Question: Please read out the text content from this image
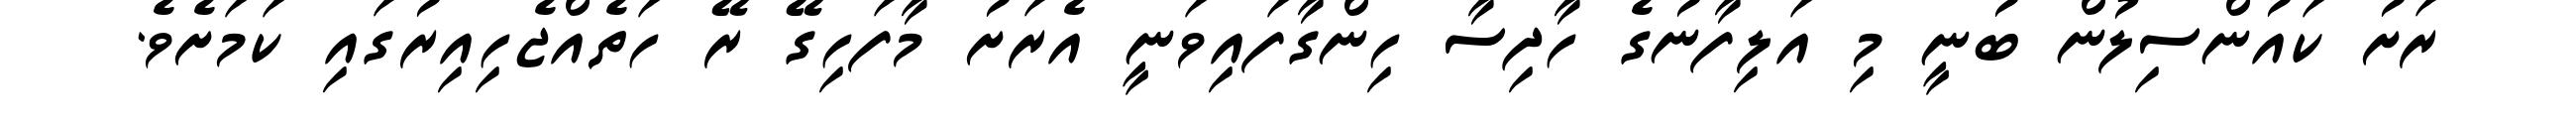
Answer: ރަށު ކައުންސިލުން ބުނީ މި އަލިފާނުގެ ހާދިސާ ހިންގާފައިވަނީ އެރަށު މާފަހިގޭ ރޭ ހަތެއްޖެހިއިރުގައި ކަމަށެވެ.